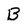
Character: B